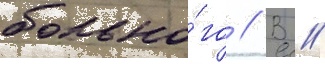
больно́го // В //